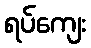
ရပ်ကျေး